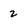
Character: 2